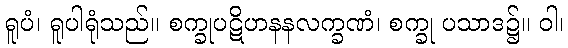
ရူပံ၊ ရူပါရုံသည်။ စက္ခုပဋိဟနနလက္ခဏံ၊ စက္ခု ပသာဒ၌။ ဝါ၊